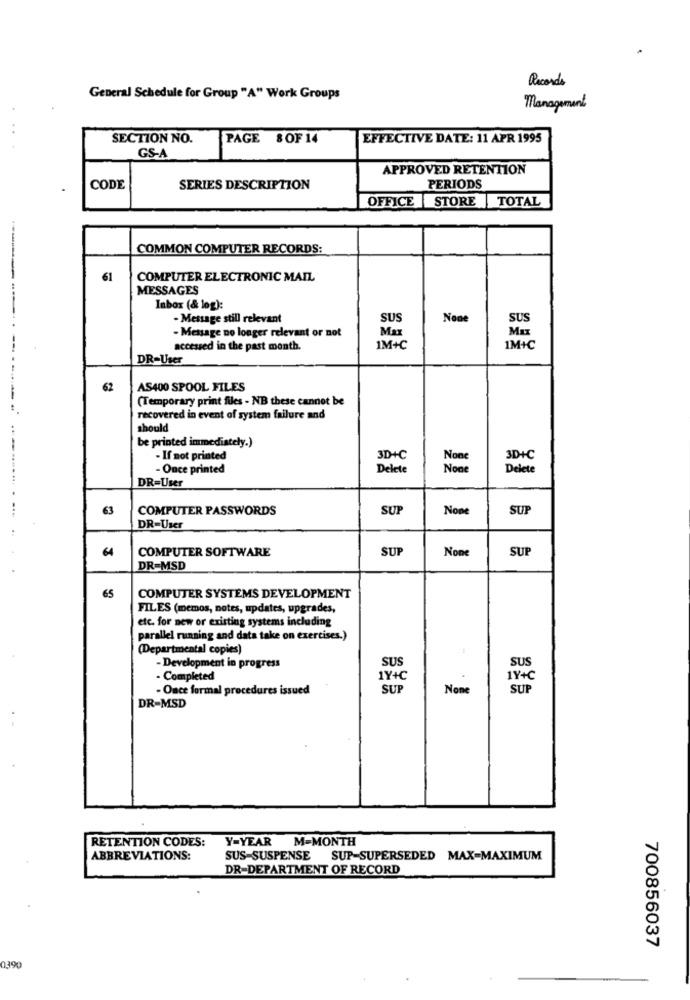
Records
General Schedule for Group "A" Work Groups
Management
SECTION NO.
PAGE 8OF 14
EFFECTIVE DATE: 11 APR 1995
GS-A
APPROVED RETENTION
CODE
SERIES DESCRIPTION
PERIODS
OFFICE
STORE TOTAL
COMMON COMPUTER RECORDS:
61
COMPUTER ELECTRONIC MAIL
MESSAGES
Inbox (& log):
- Message still relevant
SUS
SUS
- Message no longer relevant or not
Max
Max
accessed in the past month.
1M+C
1M+C
DR-User
62
AS400 SPOOL FILES
(Temporary print files - NB these cannot be
recovered in event of system failure and
should
be printed immediately.)
- If not printed
3D+C
3D+C
- Once printed
Delete
Delete
DR=User
63
COMPUTER PASSWORDS
SUP
SUP
DR-User
64
COMPUTER SOFTWARE
SUP
SUP
DR=MSD
65
COMPUTER SYSTEMS DEVELOPMENT
FILES (memos, notes, updates, upgrades,
etc. for new or existing systems including
parallel running and data take on exercises.)
(Departmental copies)
SUS
SUS
- Development in progress
- Completed
1Y+C
1Y+C
- Once formal procedures issued
SUP
SUP
DR=MSD
RETENTION CODES:
Y-YEAR M-MONTH
ABBREVIATIONS:
SUS-SUSPENSE SUP-SUPERSEDED MAX-MAXIMUM
DR-DEPARTMENT OF RECORD
700856037
0390